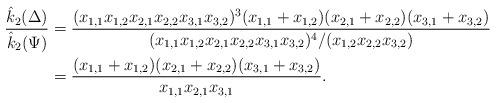
LaTeX: \begin{align*}\dfrac{\hat{k}_2(\Delta)}{\hat{k}_2(\Psi)}&= \dfrac{(x_{1,1}x_{1,2}x_{2,1}x_{2,2}x_{3,1}x_{3,2})^3(x_{1,1}+x_{1,2})(x_{2,1}+x_{2,2})(x_{3,1}+x_{3,2})}{(x_{1,1}x_{1,2}x_{2,1}x_{2,2}x_{3,1}x_{3,2})^4/(x_{1,2}x_{2,2}x_{3,2})}\\&= \dfrac{(x_{1,1}+x_{1,2})(x_{2,1}+x_{2,2})(x_{3,1}+x_{3,2})}{x_{1,1}x_{2,1}x_{3,1}}.\end{align*}